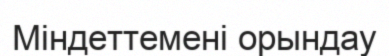
Міндеттемені орындау